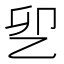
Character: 乮